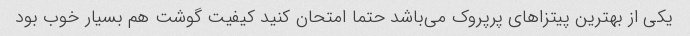
یکی از بهترین پیتزاهای پرپروک می‌باشد حتما امتحان کنید کیفیت گوشت هم بسیار خوب بود